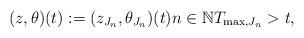
LaTeX: \begin{align*}(z, \theta)(t) := (z_{J_{n}}, \theta_{J_{n}})(t) n \in \mathbb{N} T_{\mathrm{max}, J_{n}} > t, \end{align*}